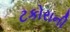
ટકોરાની